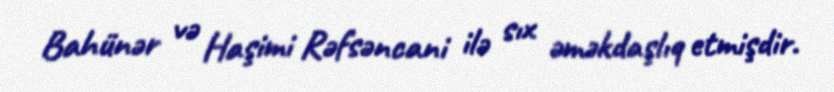
Bahünər və Haşimi Rəfsəncani ilə sıx əməkdaşlıq etmişdir.